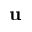
\mathbf { u }